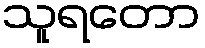
သူရတော